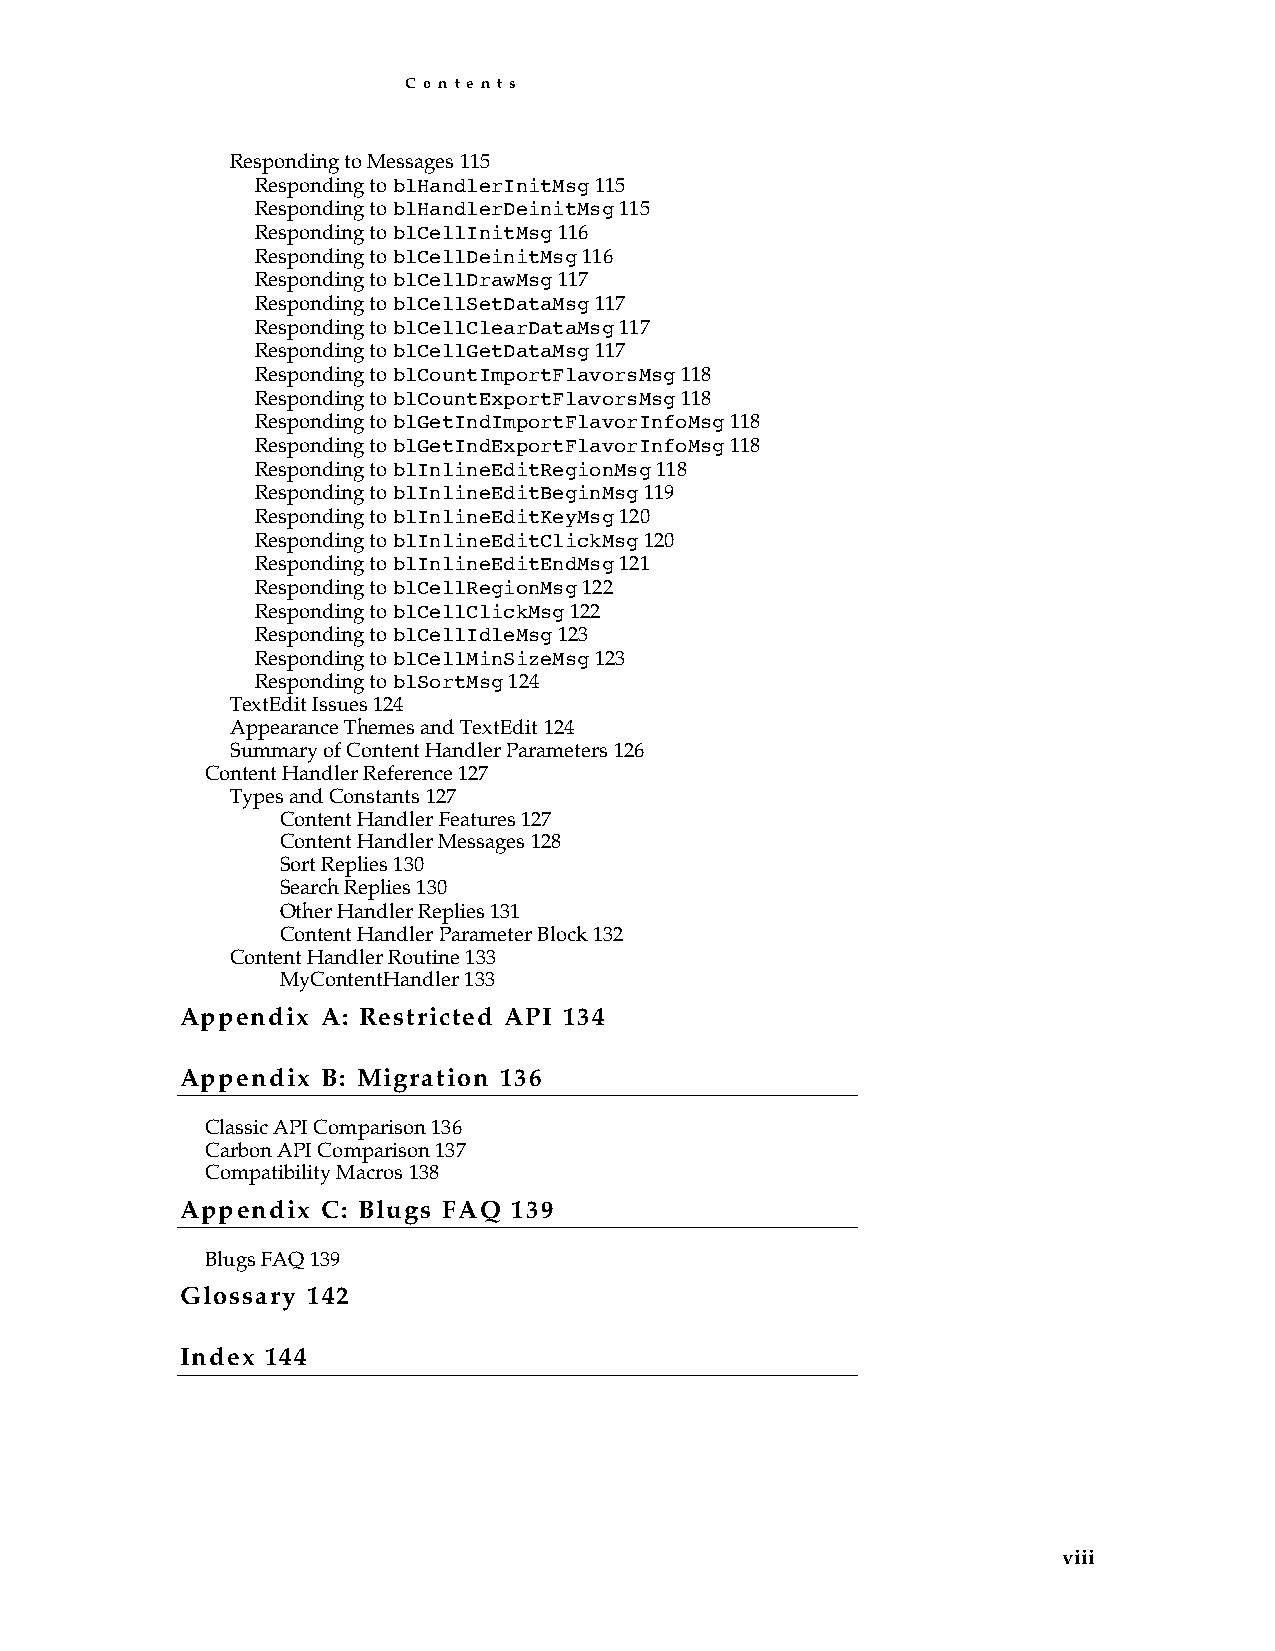
C o n t e n t s
 Responding to Messages 115
 Responding to blHandlerInitMsg 115
 Responding to blHandlerDeinitMsg 115
 Responding to blCellInitMsg 116
 Responding to blCellDeinitMsg 116
 Responding to blCellDrawMsg 117
 Responding to blCellSetDataMsg 117
 Responding to blCellClearDataMsg 117
 Responding to blCellGetDataMsg 117
 Responding to blCountImportFlavorsMsg 118
 Responding to blCountExportFlavorsMsg 118
 Responding to blGetIndImportFlavorInfoMsg 118
 Responding to blGetIndExportFlavorInfoMsg 118
 Responding to blInlineEditRegionMsg 118
 Responding to blInlineEditBeginMsg 119
 Responding to blInlineEditKeyMsg 120
 Responding to blInlineEditClickMsg 120
 Responding to blInlineEditEndMsg 121
 Responding to blCellRegionMsg 122
 Responding to blCellClickMsg 122
 Responding to blCellIdleMsg 123
 Responding to blCellMinSizeMsg 123
 Responding to blSortMsg 124
 TextEdit Issues 124
 Appearance Themes and TextEdit 124
 Summary of Content Handler Parameters 126
 Content Handler Reference 127
 Types and Constants 127
 Content Handler Features 127
 Content Handler Messages 128
 Sort Replies 130
 Search Replies 130
 Other Handler Replies 131
 Content Handler Parameter Block 132
 Content Handler Routine 133
 MyContentHandler 133
 A p p e n d i x A : R e s t r i c t e d A P I 1 3 4
 A p p e n d i x B : M i g r a t i o n 1 3 6
 Classic API Comparison 136
 Carbon API Comparison 137
 Compatibility Macros 138
 A p p e n d i x C : B l u g s F A Q 1 3 9
 Blugs FAQ 139
 G l o s s a r y 1 4 2
 I n d e x 1 4 4
 viii